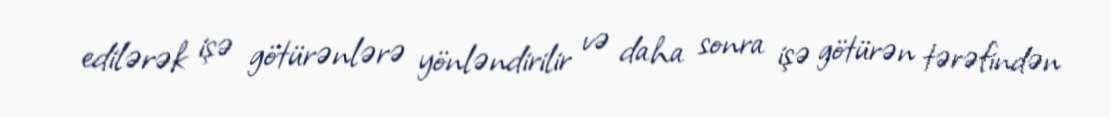
edilərək işə götürənlərə yönləndirilir və daha sonra işə götürən tərəfindən